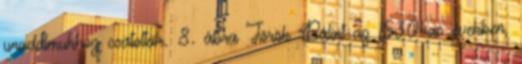
uradalmukhoz csatolták. 8. ábra Török Bálint az 1530-as években,